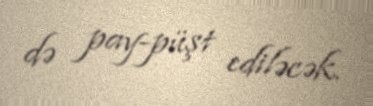
də pay-püşt ediləcək.